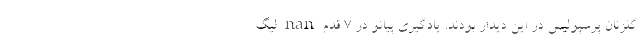
گلزنان پرسپولیس در این دیدار بودند. یادگیری پیانو در 7 قدم nan لیگ